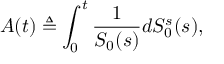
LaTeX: A ( t ) \triangleq \int _ { 0 } ^ { t } { \frac { 1 } { S _ { 0 } ( s ) } } d S _ { 0 } ^ { s } ( s ) ,